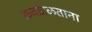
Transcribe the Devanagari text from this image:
कवटाळताना